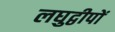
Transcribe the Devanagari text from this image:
लघुद्वीपों